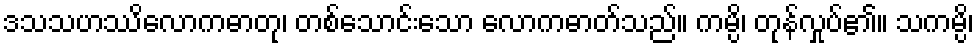
ဒသသဟဿိလောကဓာတု၊ တစ်သောင်းသော လောကဓာတ်သည်။ ကမ္ပိ၊ တုန်လှုပ်၏။ သကမ္ပိ၊